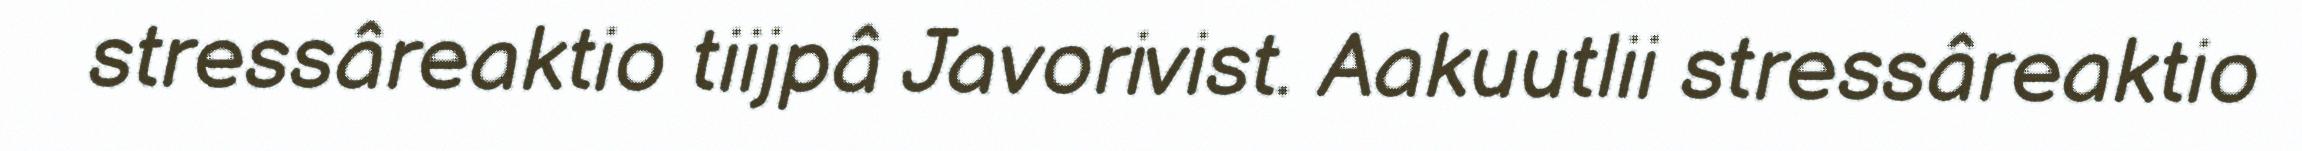
stressâreaktio tiijpâ Javorivist. Aakuutlii stressâreaktio